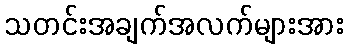
သတင်းအချက်အလက်များအား